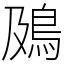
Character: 䲯